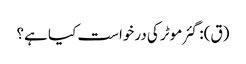
(ق): گئر موٹر کی درخواست کیا ہے؟